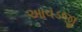
આવડજી